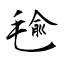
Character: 毺